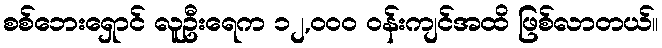
စစ်ဘေးရှောင် လူဦးရေက ၁၂,ဝဝဝ ဝန်းကျင်အထိ ဖြစ်လာတယ်။